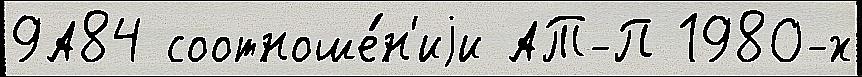
9А84 соотноше́н'иjи АТ-П 1980-х